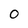
Character: O